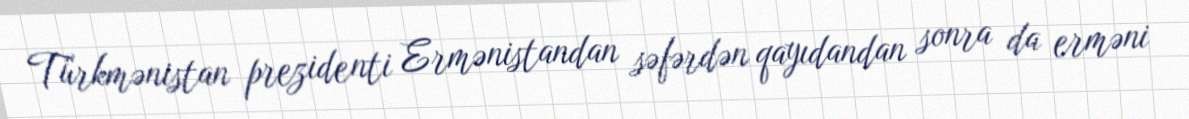
Türkmənistan prezidenti Ermənistandan səfərdən qayıdandan sonra da erməni